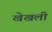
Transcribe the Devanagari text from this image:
खेखली